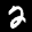
Label: 2